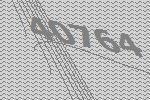
40764